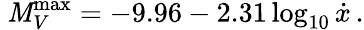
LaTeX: \ \mathit{M}_{V}^{\operatorname*{max}}=-9.96-2.31\log_{10}{\dot{{x}}}\, .